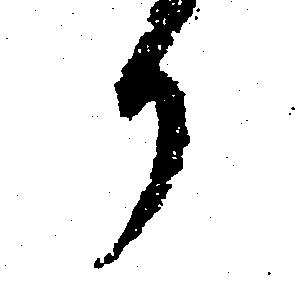
か